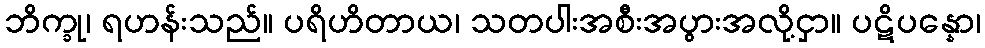
ဘိက္ခု၊ ရဟန်းသည်။ ပရိဟိတာယ၊ သတပါးအစီးအပွားအလို့ငှာ။ ပဋိပန္နော၊